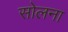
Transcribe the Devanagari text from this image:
सोलना